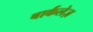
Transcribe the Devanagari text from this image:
बार्कलेज़